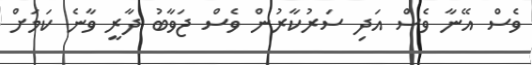
ވެސް އޭނާ ވެސް އަދި ސަރުކާރުން ވެސް ޖަވާބު ދާރީ ވާނެ ކަމަށް